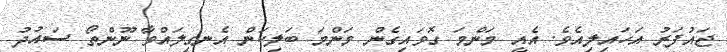
ޖައުފަރު އަހައިލިއެވެ. އެއީ މަންމަ ގޮވައިގެން މަންމަ ބަލިކަން އެނގިލައްވާ ނޫންތޯ ސައުދު